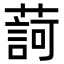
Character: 𦺞